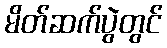
မိတ်ဆက်ပွဲတွင်